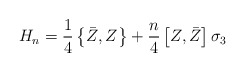
\begin{align*} H_n=\frac 14\left\{\bar Z,Z\right\}+ \frac n4\left[Z,\bar Z\right]\sigma_3\end{align*}